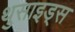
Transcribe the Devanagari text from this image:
थुसाइड्स